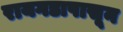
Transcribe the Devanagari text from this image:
रायगडापासून